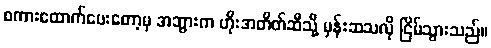
စကားထောက်ပေးတော့မှ အဘွားက ဟိုးအတိတ်ဆီသို့ မှန်းဆသလို ငြိမ်သွားသည်။